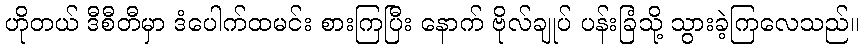
ဟိုတယ် ဒီစီတီမှာ ဒံပေါက်ထမင်း စားကြပြီး နောက် ဗိုလ်ချုပ် ပန်းခြံသို့ သွားခဲ့ကြလေသည်။